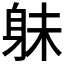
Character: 𮷔